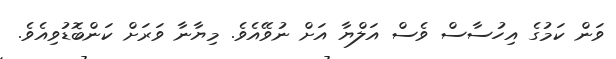
ވަން ކަމުގެ އިހުސާސް ވެސް އަލްޔާ އަށް ނުވޭއެވެ. މިޔާނާ ވަރަށް ކަންބޮޑުވިއެވެ.